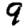
Digit: 9